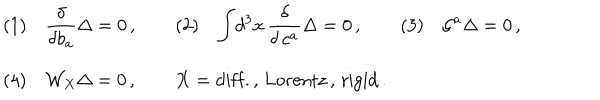
LaTeX: \begin{array} { l } { { ( 1 ) \quad { \displaystyle { \frac { \delta } { \delta b _ { a } } } } \Delta = 0 \, , \qquad ( 2 ) \quad \displaystyle { \int } d ^ { 3 } x \, { \displaystyle { \frac { \delta } { \delta \, c ^ { a } } } } \Delta = 0 \, , \qquad ( 3 ) \quad { \cal G } ^ { a } \Delta = 0 \, , } } \\ { { ( 4 ) \quad { \cal W } _ { X } \Delta = 0 \, , \qquad X = \mathrm { d i f f . , \, L o r e n t z \, , \, r i g i d } \, . } } \\ \end{array}